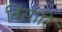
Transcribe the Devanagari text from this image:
बिसारि